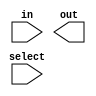
module mux_4to1(input [3:0] in,input [1:0] select,output out);
    wire [1:0] m;

    
endmodule